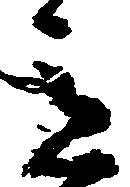
意